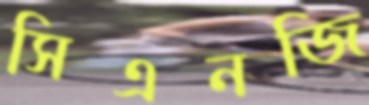
সিএনজি